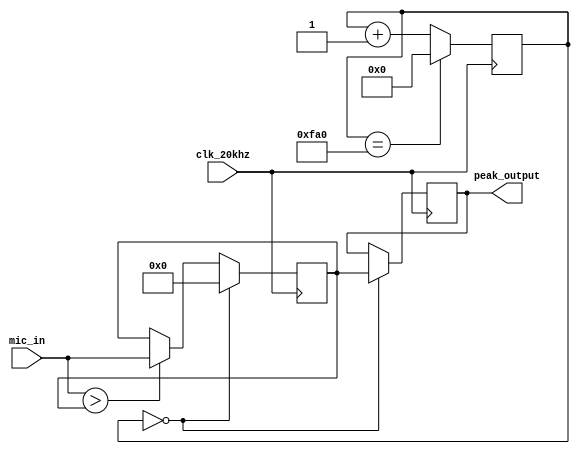
`timescale 1ns / 1ps
//////////////////////////////////////////////////////////////////////////////////
// Company: 
// Engineer: 
// 
// Design Name: 
// Module Name: peak_algorithm
// Project Name: 
// Target Devices: 
// Tool Versions: 
// Description: 
// 
// Dependencies: 
// 
// Revision:
// Revision 0.01 - File Created
// Additional Comments:
// 
//////////////////////////////////////////////////////////////////////////////////


module peak_algorithm(
    input clk_20khz,
    input [11:0] mic_in,
    output reg [11:0] peak_output = 0
    );
    
    reg [11:0] peak_value = 0;
    reg [31:0] counter = 0;
    
    always @ (posedge clk_20khz)
    begin
        counter <= (counter == 4000) ? 0 : counter + 1;
        if (counter == 0)
            begin
                peak_output <= peak_value;
                peak_value <= 0;
            end
        else
            begin
                if (mic_in > peak_value)
                    peak_value <= mic_in;
            end
    end
    
    
endmodule